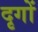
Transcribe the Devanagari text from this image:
दृगों